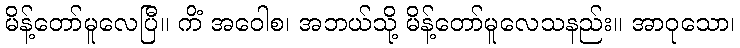
မိန့်တော်မူလေပြီ။ ကိံ အဝေါစ၊ အဘယ်သို့ မိန့်တော်မူလေသနည်း။ အာဝုသော၊